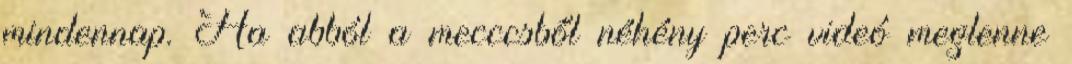
mindennap. Ha abból a mecccsből néhény perc videó meglenne